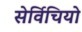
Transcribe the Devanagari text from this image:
सेर्विचियो